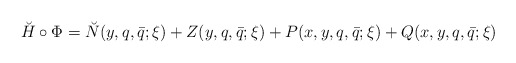
\begin{align*}\breve H\circ\Phi={\breve N}(y,q,\bar q;\xi)+{Z}(y,q,\bar q;\xi)+{P}(x,y,q,\bar q;\xi)+{ Q}(x,y,q,\bar q;\xi)\end{align*}